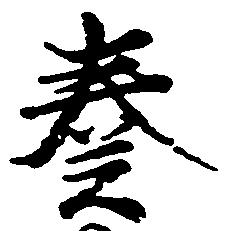
奏